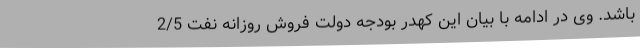
باشد. وی در ادامه با بیان این کهدر بودجه دولت فروش روزانه نفت 2/5